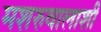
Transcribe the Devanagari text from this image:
मशरुवालाशी